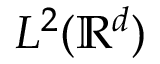
L ^ { 2 } ( \mathbb R ^ { d } )